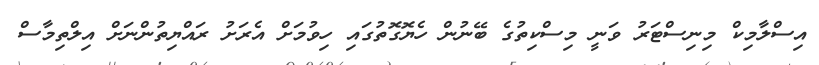
އިސްލާމިކް މިނިސްޓަރު ވަނީ މިސްކިތުގެ ބޭނުން ހެޔޮގޮތުގައި ހިވުމަށް އެރަށު ރައްޔިތުންނަށް އިލްތިމާސް